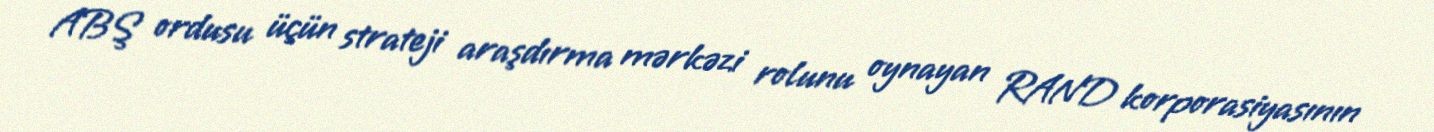
ABŞ ordusu üçün strateji araşdırma mərkəzi rolunu oynayan RAND korporasiyasının